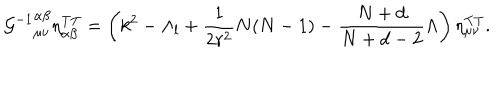
{ { \cal G } ^ { - 1 } } _ { \mu \nu } ^ { \alpha \beta } \eta _ { \alpha \beta } ^ { \mathrm { T T } } = \left( k ^ { 2 } - \Lambda _ { l } + \frac { 1 } { 2 r ^ { 2 } } N ( N - 1 ) - \frac { N + d } { N + d - 2 } \Lambda \right) \eta _ { \mu \nu } ^ { \mathrm { T T } } .